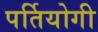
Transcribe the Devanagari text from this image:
पर्तियोगी